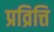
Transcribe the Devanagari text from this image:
प्रव्रित्ति